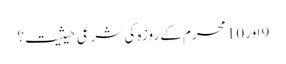
9اور 10 محرم کے روزہ کی شرعی حیثیت؟